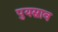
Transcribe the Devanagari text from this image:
पुयस्राव